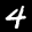
Label: 4